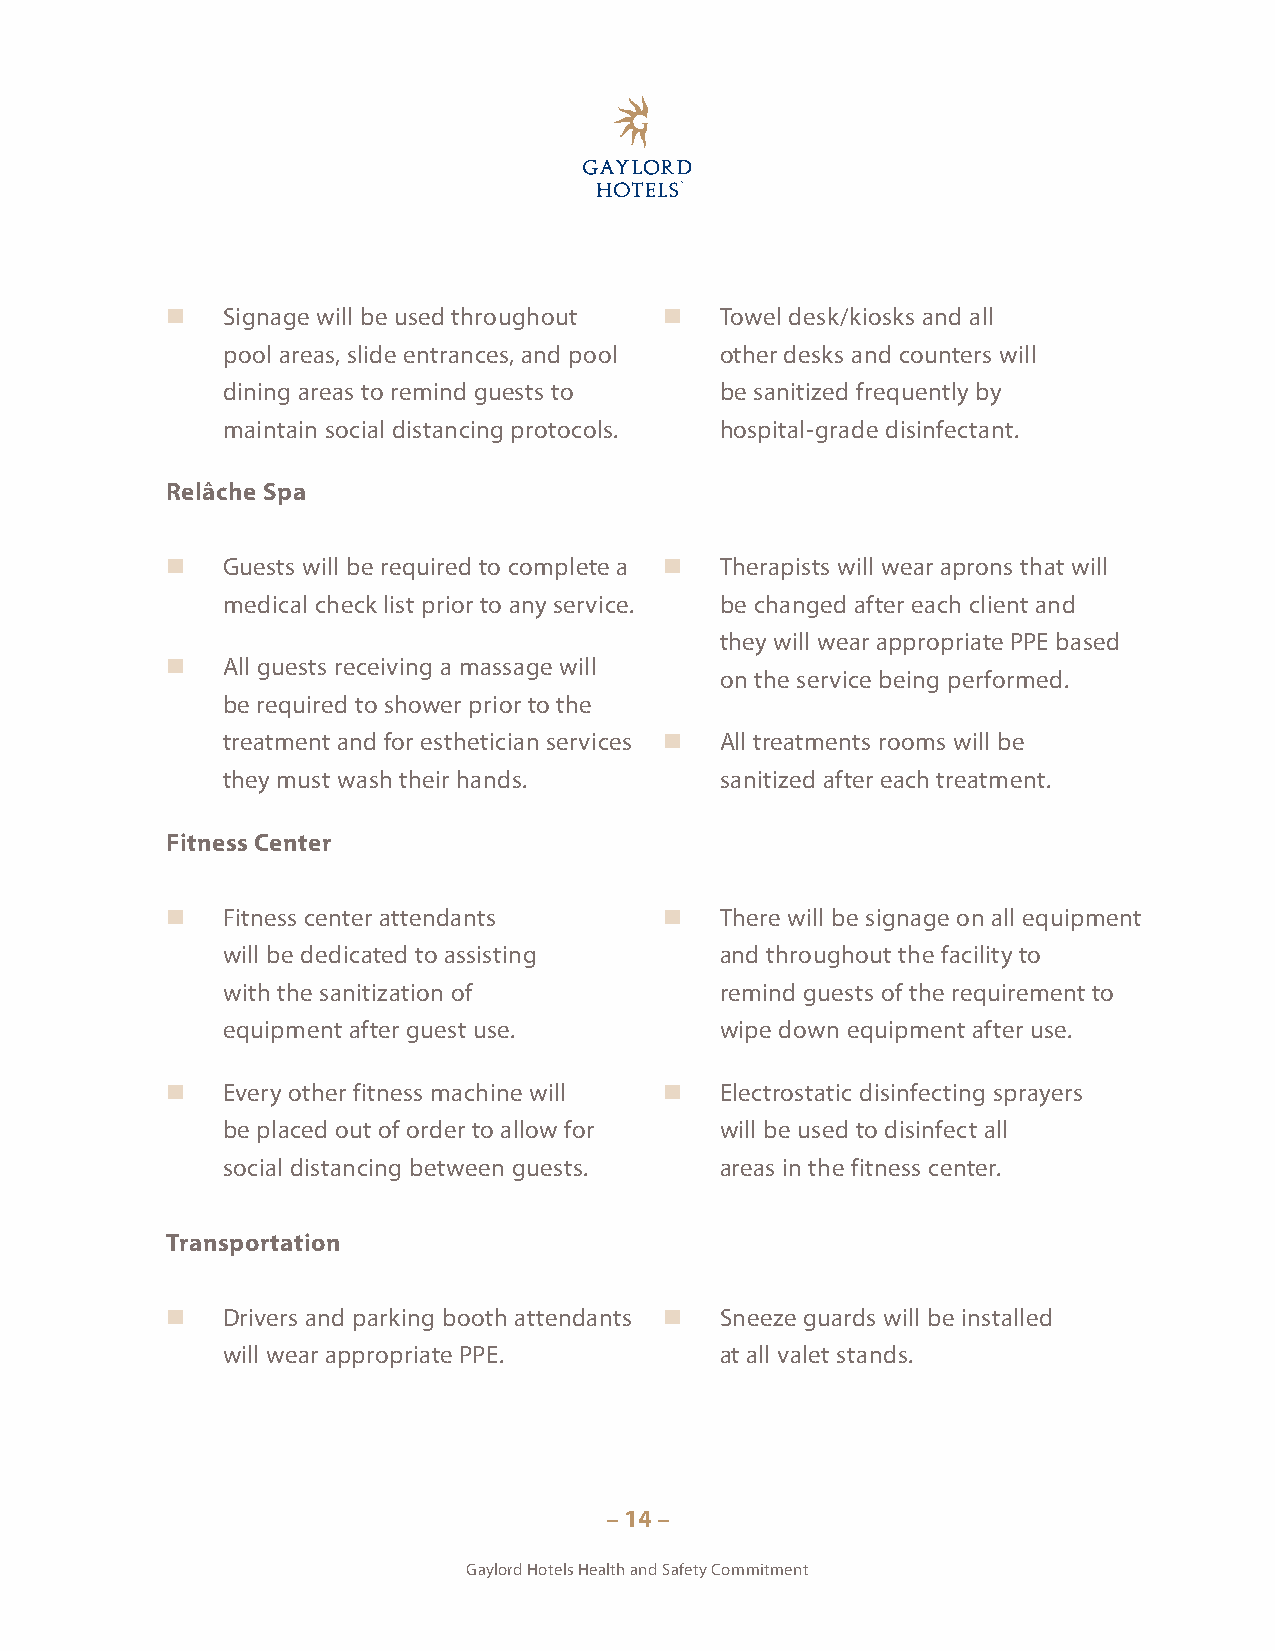
   Signage will be used throughout  Towel desk/kiosks and all
 pool areas, slide entrances, and pool other desks and counters will
 dining areas to remind guests to be sanitized frequently by
 maintain social distancing protocols. hospital-grade disinfectant.
 Relâche Spa
    Guests will be required to complete a  Therapists will wear aprons that will
 medical check list prior to any service. be changed after each client and
 they will wear appropriate PPE based
    All guests receiving a massage will
 on the service being performed.
 be required to shower prior to the
 treatment and for esthetician services  All treatments rooms will be
 they must wash their hands.      sanitized after each treatment.
 Fitness Center
    Fitness center attendants       There will be signage on all equipment
 will be dedicated to assisting   and throughout the facility to
 with the sanitization of         remind guests of the requirement to
 equipment after guest use.       wipe down equipment after use.
    Every other fitness machine will  Electrostatic disinfecting sprayers
 be placed out of order to allow for will be used to disinfect all
 social distancing between guests. areas in the fitness center.
 Transportation
    Drivers and parking booth attendants  Sneeze guards will be installed
 will wear appropriate PPE.       at all valet stands.
 – 14 –
 Gaylord Hotels Health and Safety Commitment